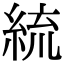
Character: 𦀠